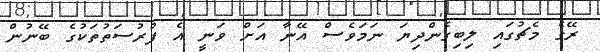
ރޭގެ މެޗުގައި ލިބިގެންދިޔަ ނަމަވެސް އޭނާ އަށް ވަނީ އެ ފުރުސަތުތަކުގެ ބޭނުން